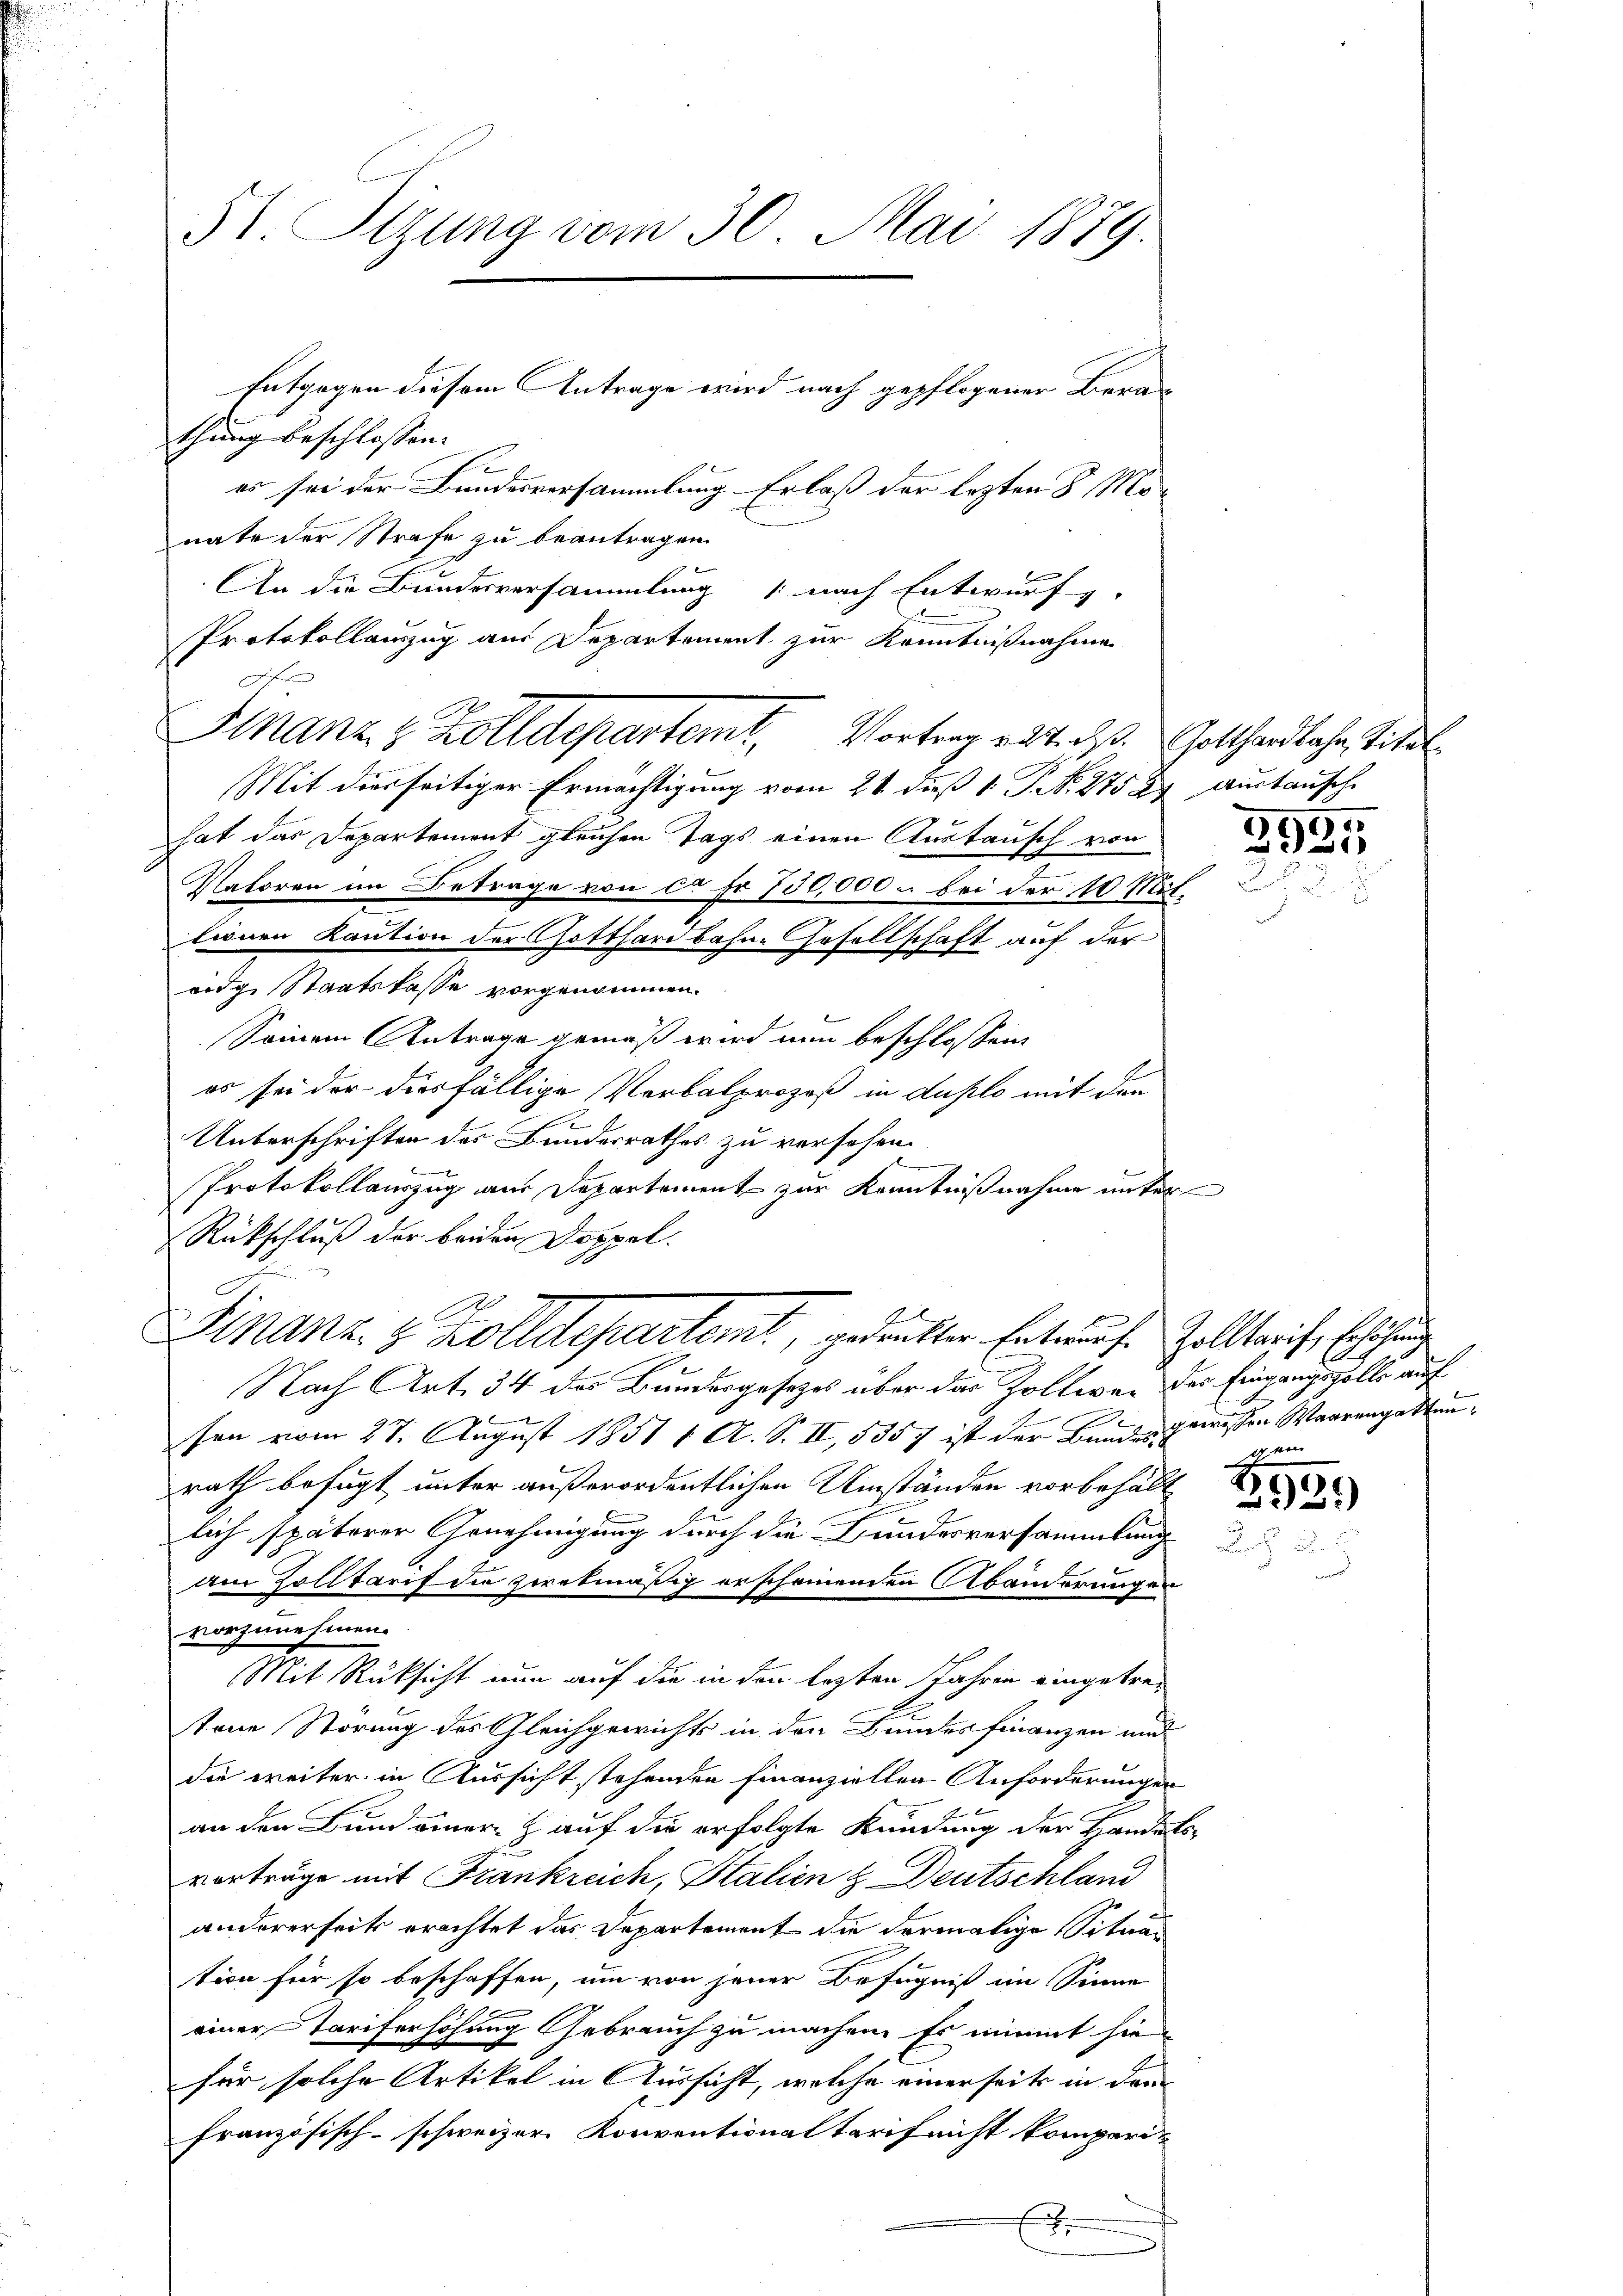
51. Sizung vom 30. Mai 1879.

thung beschlossen:
e
es sei der Bundesversammlung Erlaß der lezten 8 Monate der Strafe zu beantragen.

An die Bundesversammlung (nach Entwurf.
g
Protokollauszug aus Departement zur Kenntnißnahme
f
Mit diesseitiger Ermächtigung vom 21. dieß 1. P. NNo. 275 2. Austausche
hat das Departement gleichen Tags einen Austausch von
Natoren im Betrage von ca Fr. 750,000 u. bei der 10 Mit-
lionen Kaution der Gotthardbahn-Gesellschaft auf der
ridge Staatskasse vorgenommen.
Seinem Antrage gemäß wird nun beschlossen:
es sei der diesfällige Verbalprozeß in duplo mit den
Unterschriften des Bundesrathes zu versehen.
Protokollauszug aus Departement zur Kenntnißnahme unter
Rückschluß der beiden Doppel.
Finanz & Zolldepartem, gedenkter Entwurfe Zolltereiche Erhöhung
Nach Art. 34 des Bundesgesetzes über das Zollwer der Eingangszolle auf
sen vom 27. August 1851 1 A. S. II, 5357 ist der Bundes gewissen Waarengattenrath befugt unter außerordentlichen Umständen vorbehält
lich späterer Genehmigung durch die Bundesversammlung
Am Zolltarif die zwekmäßig erscheinenden Abänderungen
vorzumeinen.
Mit Rüksicht nun auf die in der lezten Jahren eingetrestone Störung des Gleichgewichts in den Bundes Finanzen und
die weiter in Aussicht stehenden finanziellen Anforderungen
an den Bund einer auf die erfolgte Kündung der Handelsvorträge mit Frankreich, Stalien & Deutschland
andererseits erachtet das Departement die dermalige Situar
tion für so beschaffen, um von jener Befugniß im Sinne
einer Tariferhöhung Gebrauch zu machen. Es nimmt hie
für solche Artikel in Aussicht, welche einerseits in der
französisch-schweizer Konventionaltarif nicht kompari-
x

Entgegen diesem Antrage wird nach gepflogener Bera¬

Finanz & Zolldepartemt, Vortrag erstichs. Gotthardbahn, Titel

3925

g

2939